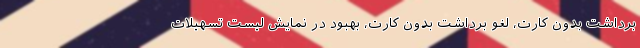
برداشت بدون کارت، لغو برداشت بدون کارت، بهبود در نمایش لیست تسهیلات